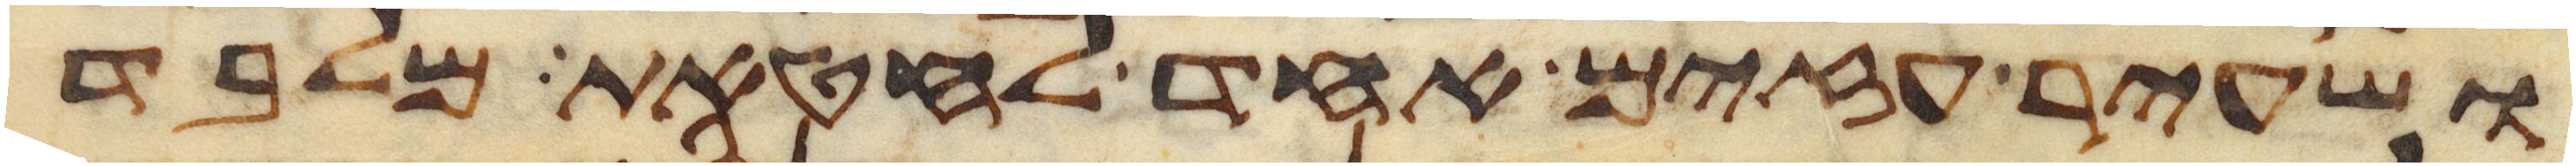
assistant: ושעיר עזים אחד לחטאת מלבד